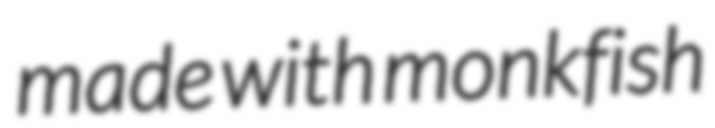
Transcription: made with monkfish